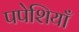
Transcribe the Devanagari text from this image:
पपेशियाँ